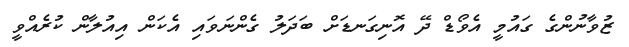
ޒުވާނުންގެ ގައުމީ އެވޯޑް ދޭ އޮނިގަނޑަށް ބަދަލު ގެންނަވައި އެކަން އިއުލާން ކުރެއްވީ